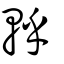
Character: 軤